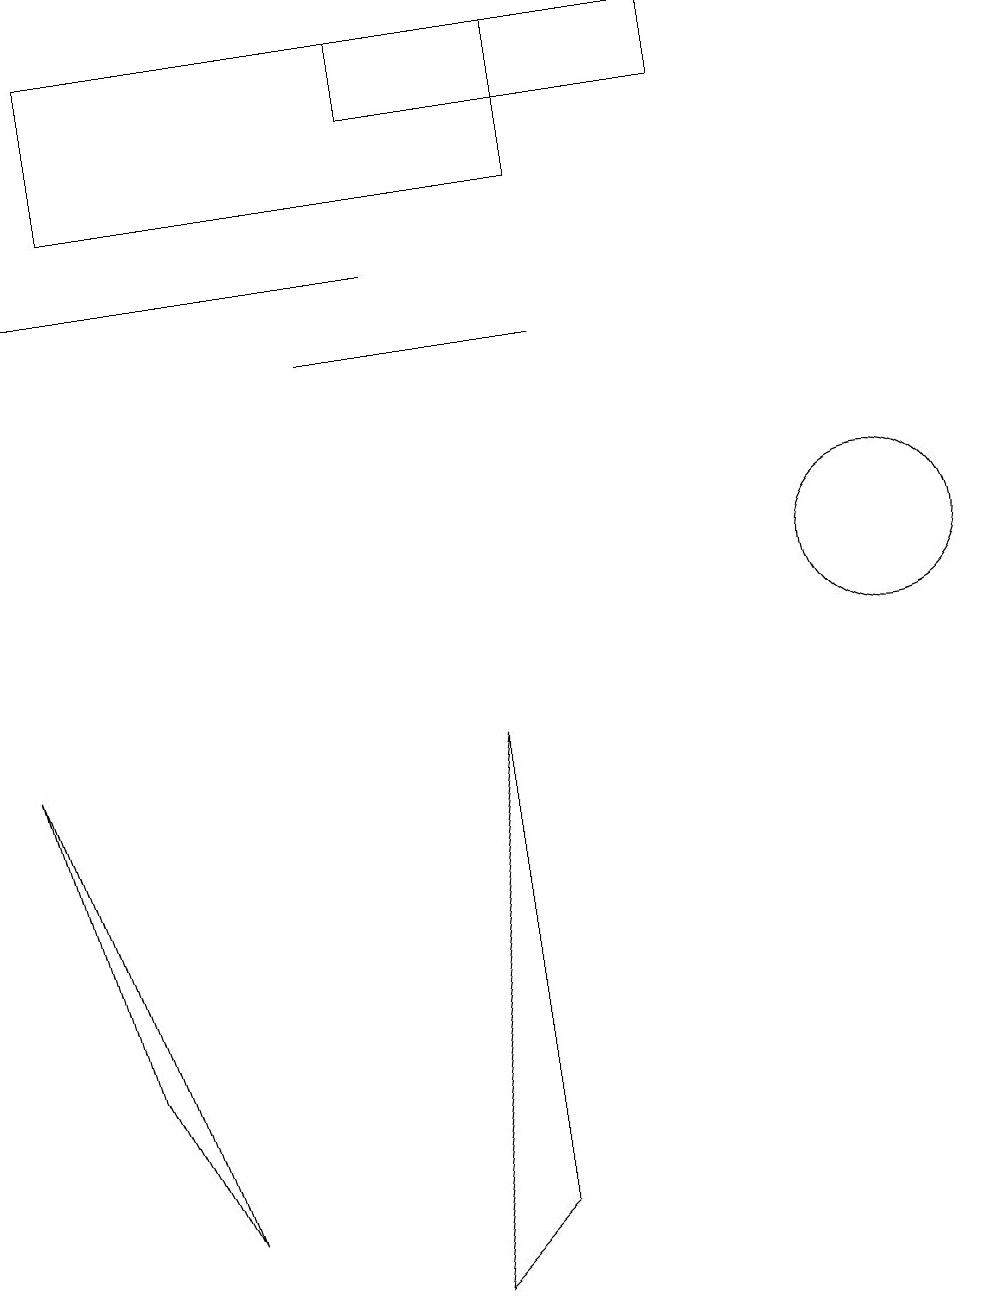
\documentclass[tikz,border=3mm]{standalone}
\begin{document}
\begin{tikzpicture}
\draw (11,10) circle (1);
\draw (0,8) -- (2,2) -- (1,4) -- cycle;
\draw (7,13) rectangle (4,13);
\draw[->] (5,14) -- (0,14);
\draw (5,1) -- (6,2) -- (6,8) -- cycle;
\draw (7,15) rectangle (1,17);
\draw (9,17) rectangle (5,16);
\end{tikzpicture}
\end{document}